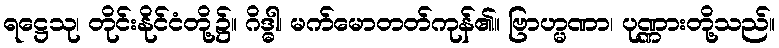
ရဋ္ဌေသု၊ တိုင်းနိုင်ငံတို့၌။ ဂိဒ္ဓါ၊ မက်မောတတ်ကုန်၏။ ဗြာဟ္မဏာ၊ ပုဏ္ဏားတို့သည်။